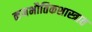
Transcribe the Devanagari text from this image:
कणभौतिकशास्त्रात